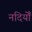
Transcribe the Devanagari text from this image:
नदियोँ